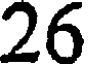
26